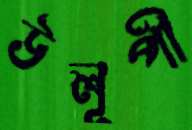
উলূপী